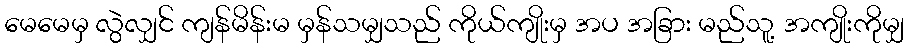
မေမေမှ လွဲလျှင် ကျန်မိန်းမ မှန်သမျှသည် ကိုယ်ကျိုးမှ အပ အခြား မည်သူ့ အကျိုးကိုမျှ